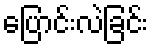
ပြောင်းလဲခြင်း